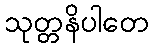
သုတ္တနိပါတေ